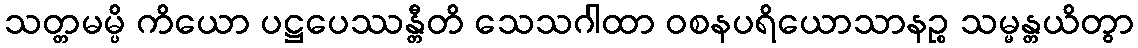
သတ္တမမ္ပိ ကိယော ပဋ္ဌပေဿန္တီတိ သေသဂါထာ ဝစနပရိယောသာနဉ္စ သမ္မန္တယိတွာ